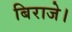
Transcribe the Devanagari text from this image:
बिराजे।